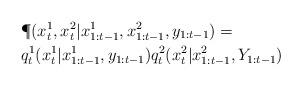
LaTeX: \begin{align*}&\P(x^1_t,x^2_t|x^1_{1:t-1},x^2_{1:t-1},y_{1:t-1}) = \\ & q^1_t(x^1_t|x^1_{1:t-1},y_{1:t-1}) q^2_t(x^2_t|x^2_{1:t-1},Y_{1:t-1})\end{align*}